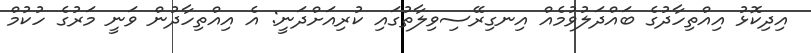
އިދިކޮޅު އިއްތިހާދުގެ ބައްދަލުވުމެއް އިނގިރޭސިވިލާތުގައި ކުރިއަށްދަނީ: އެ އިއްތިހާދުން ވަނީ މަރުގެ ހުކުމް